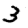
Digit: 3